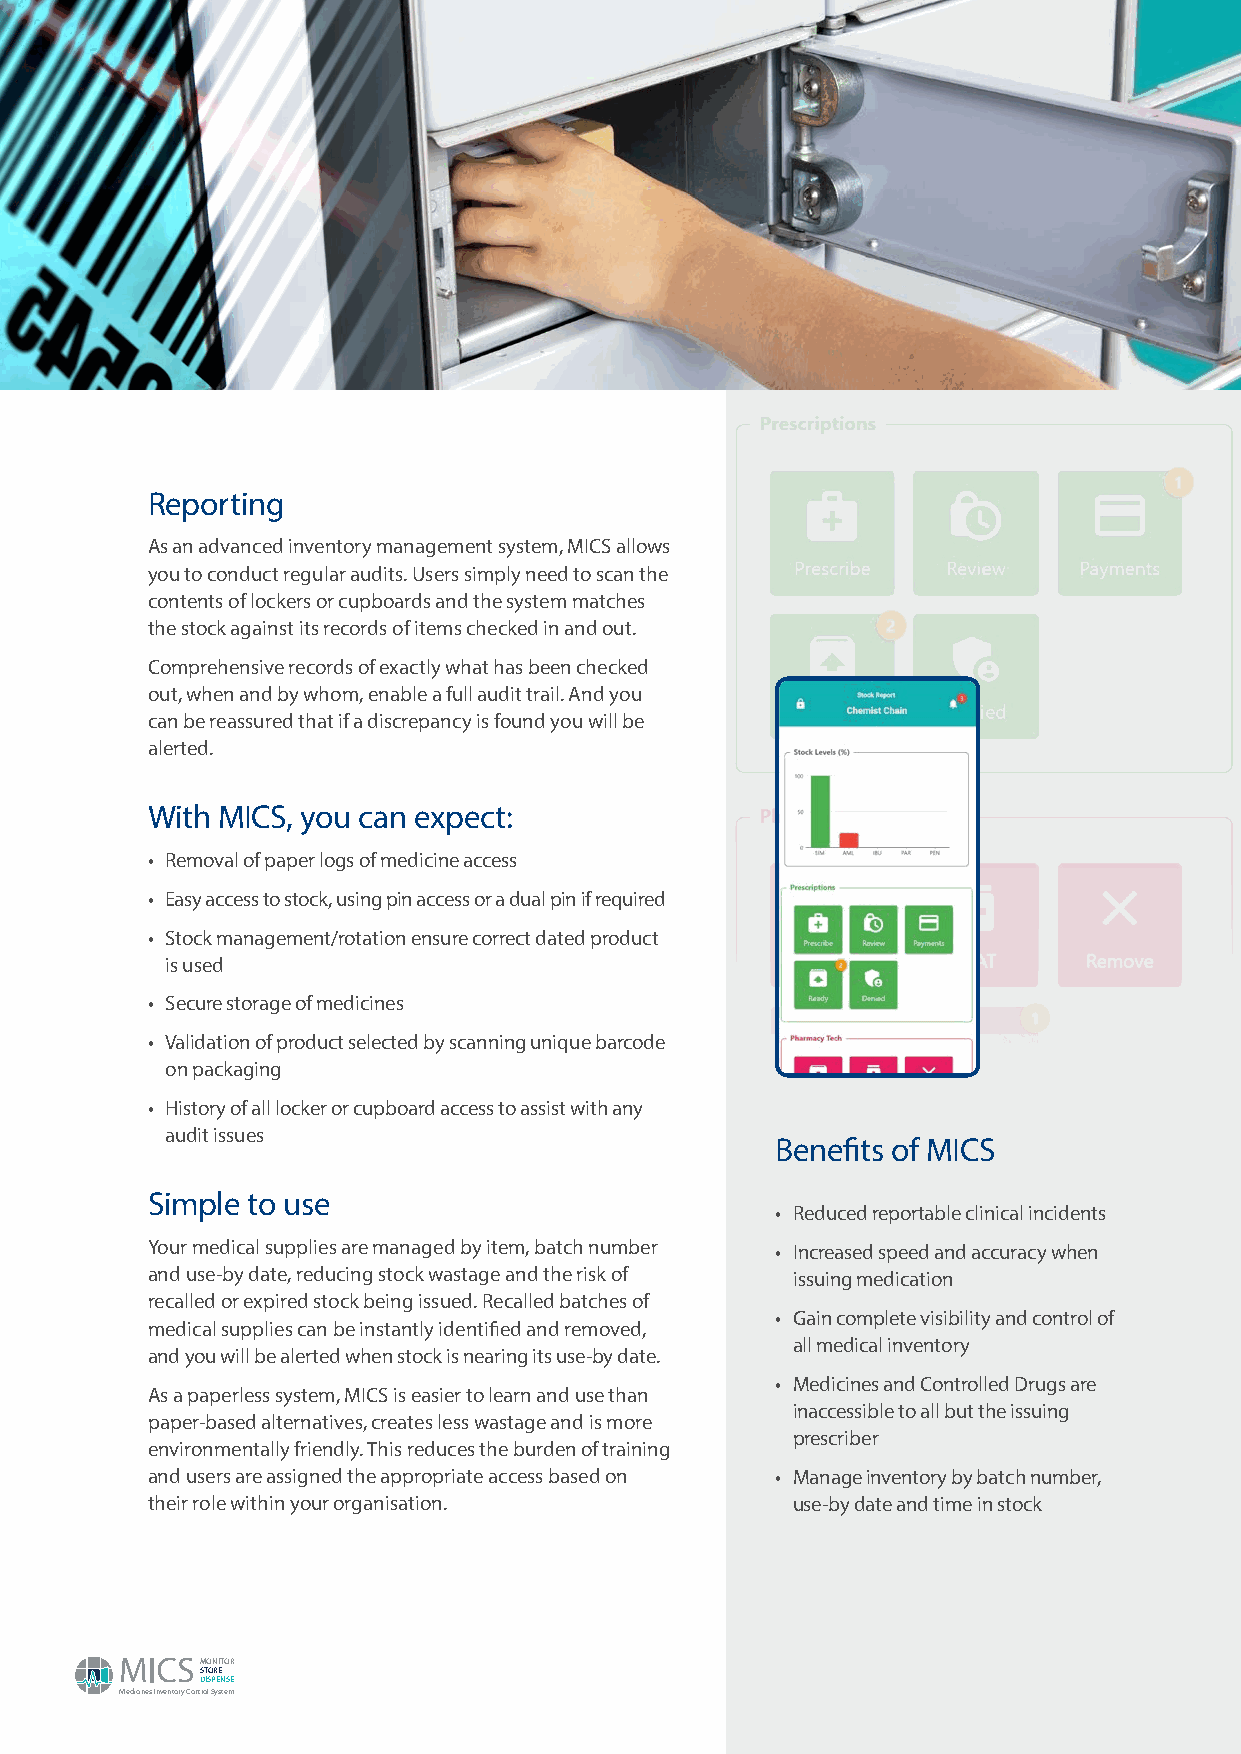
Reporting
 As an advanced inventory management system, MICS allows
 you to conduct regular audits. Users simply need to scan the
 contents of lockers or cupboards and the system matches
 the stock against its records of items checked in and out.
 Comprehensive records of exactly what has been checked
 out, when and by whom, enable a full audit trail. And you
 can be reassured that if a discrepancy is found you will be
 alerted.
 With MICS, you can expect:
 • Removal of paper logs of medicine access
 • Easy access to stock, using pin access or a dual pin if required
 • Stock management/rotation ensure correct dated product
 is used
 • Secure storage of medicines
 • Validation of product selected by scanning unique barcode
 on packaging
 • History of all locker or cupboard access to assist with any
 audit issues
 Benefits of MICS
 Simple to use
 • Reduced reportable clinical incidents
 Your medical supplies are managed by item, batch number • Increased speed and accuracy when
 and use-by date, reducing stock wastage and the risk of issuing medication
 recalled or expired stock being issued. Recalled batches of
 • Gain complete visibility and control of
 medical supplies can be instantly identified and removed,
 all medical inventory
 and you will be alerted when stock is nearing its use-by date.
 • Medicines and Controlled Drugs are
 As a paperless system, MICS is easier to learn and use than
 inaccessible to all but the issuing
 paper-based alternatives, creates less wastage and is more
 prescriber
 environmentally friendly. This reduces the burden of training
 and users are assigned the appropriate access based on • Manage inventory by batch number,
 their role within your organisation.      use-by date and time in stock
 MONITOR
 STORE
 DISPENSE
 Medicines Inventory Control System